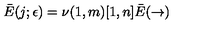
\bar { E } ( j ; \epsilon ) = \nu ( 1 , m ) [ 1 , n ] \bar { E } ( \rightarrow )